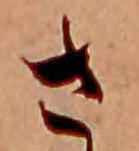
さ